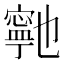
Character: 𭔞